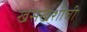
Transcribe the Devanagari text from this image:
खसखशीची